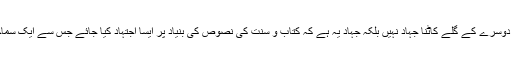
اہل دین کو اس امر پر توجہ مرکوز کرنا چاہیے کہ ایک دوسرے کی تکفیر اور ایک دوسرے کے گلے کاٹنا جہاد نہیں بلکہ جہاد یہ ہے کہ کتاب و سنت کی نصوص کی بنیاد پر ایسا اجتہاد کیا جائے جس سے ایک سماجی، ثقافتی، تمدنی، معاشی، اخلاقی، روحانی اور معاشرتی انقلاب برپا کیا جا سکے۔